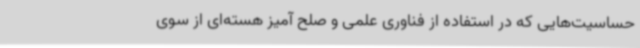
حساسیت‌هایی که در استفاده از فناوری علمی و صلح آمیز هسته‌ای از سوی